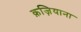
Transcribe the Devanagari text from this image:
क़ज़ियाना